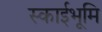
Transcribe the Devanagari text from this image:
स्काईभूमि